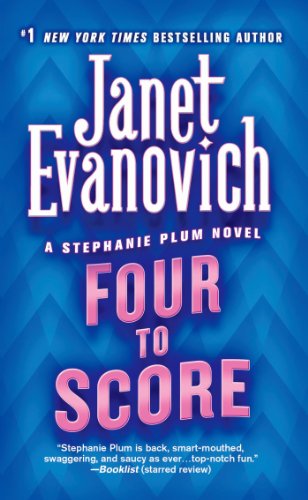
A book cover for Four to Score (Stephanie Plum, No. 4) (Stephanie Plum Novels); Janet Evanovich; Romance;